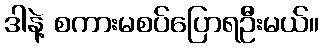
ဒါနဲ့ စကားမစပ်ပြောရဦးမယ်။